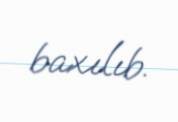
baxılıb.